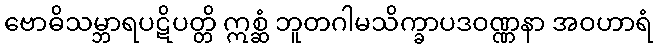
ဗောဓိသမ္ဘာရပဋိပတ္တိ ဣစ္ဆံ ဘူတဂါမသိက္ခာပဒဝဏ္ဏနာ အဝဟာရံ